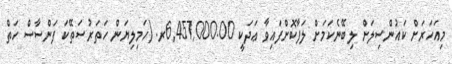
މިއަހަރަށް ކައުންސިލަށް ލިބޭނެކަމަށް ލަފާކޮށްފައިވާ ޢަދަކީ 6